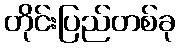
တိုင်းပြည်တစ်ခု